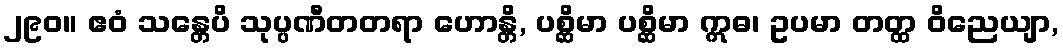
၂၉၀။ ဧဝံ သန္တေပိ သုပ္ပဏီတတရာ ဟောန္တိ, ပစ္ဆိမာ ပစ္ဆိမာ ဣဓ၊ ဥပမာ တတ္ထ ဝိညေယျာ,